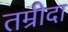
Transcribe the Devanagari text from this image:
तम्रीदा